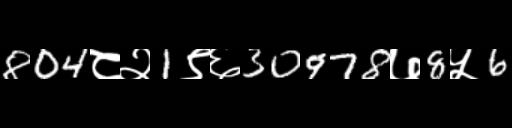
Text: 804८२1९६30978७8५6